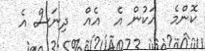
ކޮންމެ  އަކުން އެ  އެއް  ދިނަސް އެ